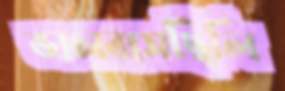
ভালবাসছিলি